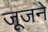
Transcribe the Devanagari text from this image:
जूजने